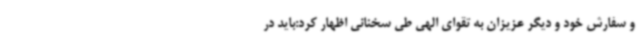
و سفارش خود و دیگر عزیزان به تقوای الهی طی سخنانی اظهار کرد:باید در